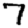
Digit: 7